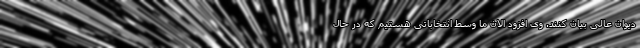
دیوان عالی بیان کنند. وی افزود الان ما وسط انتخاباتی هستیم که در حال